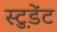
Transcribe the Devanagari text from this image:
स्टु़डेंट